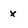
Character: x